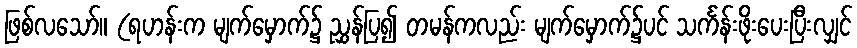
ဖြစ်လသော်။ (ရဟန်းက မျက်မှောက်၌ ညွှန်ပြ၍ တမန်ကလည်း မျက်မှောက်၌ပင် သင်္ကန်းဖိုးပေးပြီးလျှင်